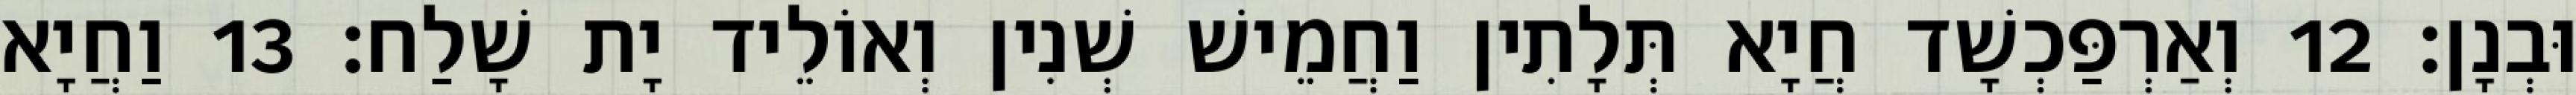
וּבְנָן׃ 12 וְאַרְפַּכְשָׁד חֲיָא תְּלָתִין וַחֲמֵישׁ שְׁנִין וְאוֹלֵיד יָת שָׁלַח׃ 13 וַחֲיָא